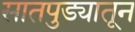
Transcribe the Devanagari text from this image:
सातपुड्यातून